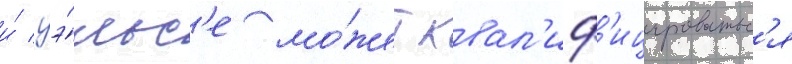
и́ уэ́льс'е мо́жет квал'иф'ицироватьс'я